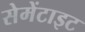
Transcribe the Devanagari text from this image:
सेमेंटाइट